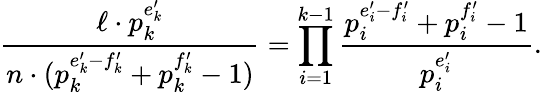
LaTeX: \frac{\ell\cdot p_{k}^{e_{k}^{\prime}}}{n\cdot(p_{k}^{e_{k}^{\prime}-f_{k}^{\prime}}+p_{k}^{f_{k}^{\prime}}-1)}=\prod_{i=1}^{k-1}\frac{p_{i}^{e_{i}^{\prime}-f_{i}^{\prime}}+p_{i}^{f_{i}^{\prime}}-1}{p_{i}^{e_{i}^{\prime}}}.